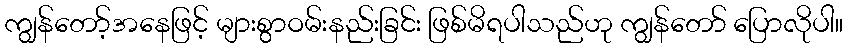
ကျွန်တော့်အနေဖြင့် များစွာဝမ်းနည်းခြင်း ဖြစ်မိရပါသည်ဟု ကျွန်တော် ပြောလိုပါ။